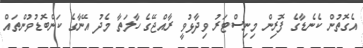
އެގޮތުން ކެނެޑާގެ ފޮރިން މިނިސްޓަރު ވިދާޅުވީ ރާއްޖޭގެ ހާލަތާ މެދު އޭނާގެ ކަންބޮޑުވުންތައް